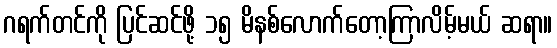
ဂရက်တင်ကို ပြင်ဆင်ဖို့ ၁၅ မိနစ်လောက်တော့ကြာလိမ့်မယ် ဆရာ။